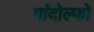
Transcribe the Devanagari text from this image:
गांदोल्फो